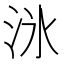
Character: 𬇟